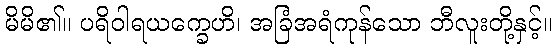
မိမိ၏။ ပရိဝါရယက္ခေဟိ၊ အခြံအရံကုန်သော ဘီလူးတို့နှင့်။